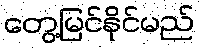
တွေ့မြင်နိုင်မည်